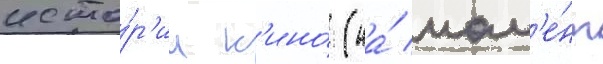
исто́р'ии к'ино́ (на́ мом'е́нт